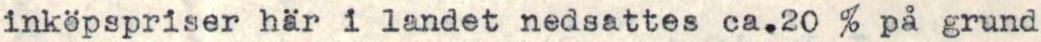
inköpspriser här i landet nedsattes ca.20 % på grund